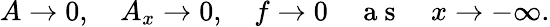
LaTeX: A\rightarrow 0,\quad A_{x}\rightarrow 0,\quad f\rightarrow 0\quad\mathrm{~a~s~}\quad x\rightarrow-\infty.